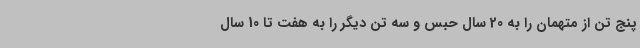
پنج تن از متهمان را به 20 سال حبس و سه تن دیگر را به هفت تا 10 سال